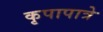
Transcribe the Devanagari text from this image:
कृपापात्रे